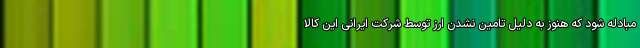
مبادله شود که هنوز به دلیل تامین نشدن ارز توسط شرکت ایرانی این کالا